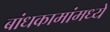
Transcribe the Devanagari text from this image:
बांधकामांमध्ये